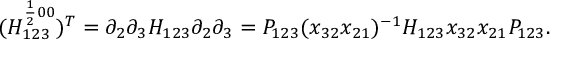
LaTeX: ( H _ { 1 2 3 } ^ { \frac { 1 } { 2 } 0 0 } ) ^ { T } = \partial _ { 2 } \partial _ { 3 } H _ { 1 2 3 } \partial _ { 2 } \partial _ { 3 } = { \cal P } _ { 1 2 3 } ( x _ { 3 2 } x _ { 2 1 } ) ^ { - 1 } H _ { 1 2 3 } x _ { 3 2 } x _ { 2 1 } { \cal P } _ { 1 2 3 } .